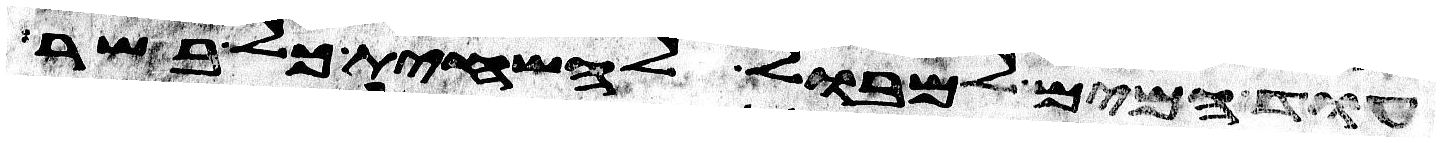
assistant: עוד המים למבול להשחית כל בשר